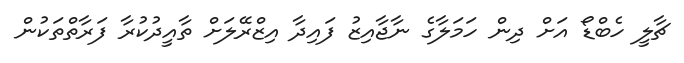
ޗާލީ ހެބްޑޯ އަށް ދިން ހަމަލާގެ ނާޖާއިޒު ފައިދާ އިޒްރޭލަށް ތާއީދުކުރާ ފަރާތްތަކުން